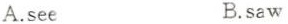
A.see B.saw